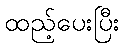
ထည့်ပေးပြီး